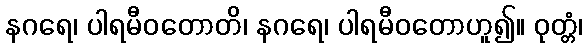
နဂရေ၊ ပါရမီဝတောတိ၊ နဂရေ၊ ပါရမီဝတောဟူ၍။ ဝုတ္တံ၊